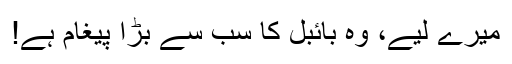
میرے لیے، وہ بائبل کا سب سے بڑا پیغام ہے!